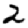
Digit: 2